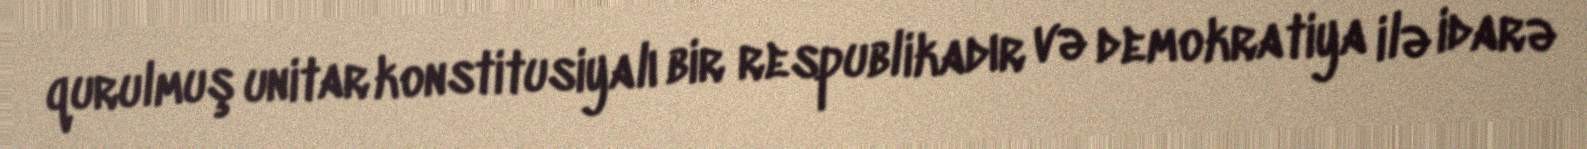
qurulmuş unitar konstitusiyalı bir respublikadır və demokratiya ilə idarə